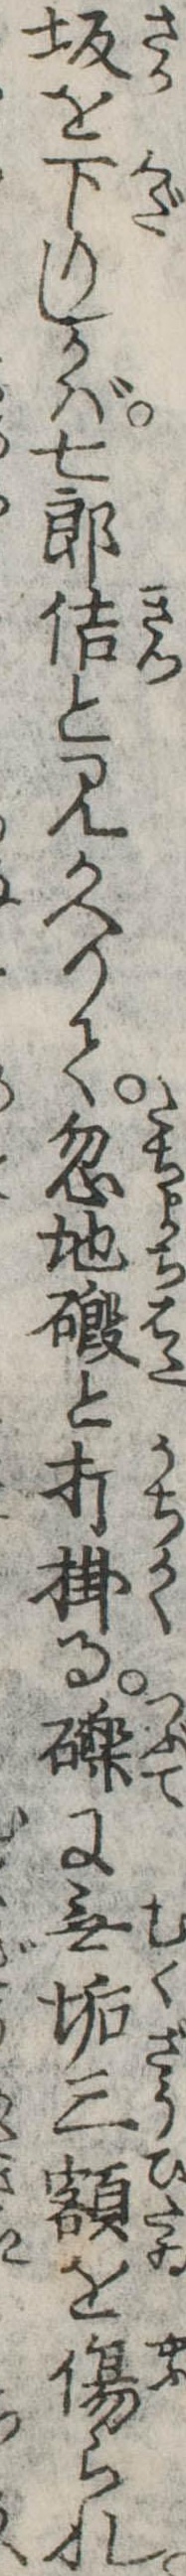
坂を下りしかば七郎佶と見かへりて忽地と打掛る礫に無垢三額を傷られ